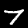
Label: 7